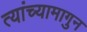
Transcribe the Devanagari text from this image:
त्यांच्यामागुन